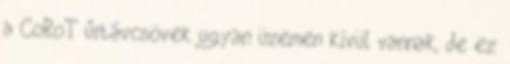
a CoRoT űrtávcsövek ugyan üzemen kívül vannak, de ez